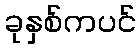
ခုနှစ်ကပင်